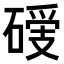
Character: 𥔺